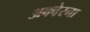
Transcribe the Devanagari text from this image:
अक्वेरना